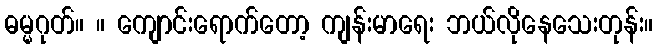
ဓမ္မဂုတ်။ ။ ကျောင်းရောက်တော့ ကျန်းမာရေး ဘယ်လိုနေသေးတုန်း။